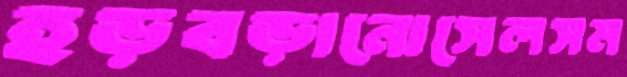
হড়বড়ানোসেলসম